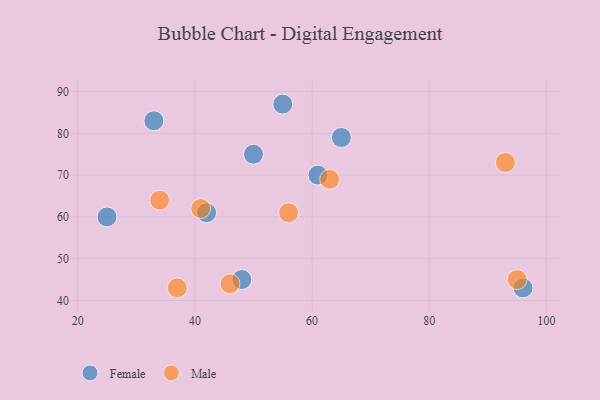
{"axis": {"x": "GDP", "y": "Life Expectancy"}, "legend": ["Female", "Male"], "data": [{"x": "48", "y": 45, "type": "Female"}, {"x": "25", "y": 60, "type": "Female"}, {"x": "42", "y": 61, "type": "Female"}, {"x": "50", "y": 75, "type": "Female"}, {"x": "65", "y": 79, "type": "Female"}, {"x": "96", "y": 43, "type": "Female"}, {"x": "55", "y": 87, "type": "Female"}, {"x": "33", "y": 83, "type": "Female"}, {"x": "61", "y": 70, "type": "Female"}, {"x": "46", "y": 44, "type": "Male"}, {"x": "95", "y": 45, "type": "Male"}, {"x": "34", "y": 64, "type": "Male"}, {"x": "41", "y": 62, "type": "Male"}, {"x": "63", "y": 69, "type": "Male"}, {"x": "56", "y": 61, "type": "Male"}, {"x": "37", "y": 43, "type": "Male"}, {"x": "93", "y": 73, "type": "Male"}]}